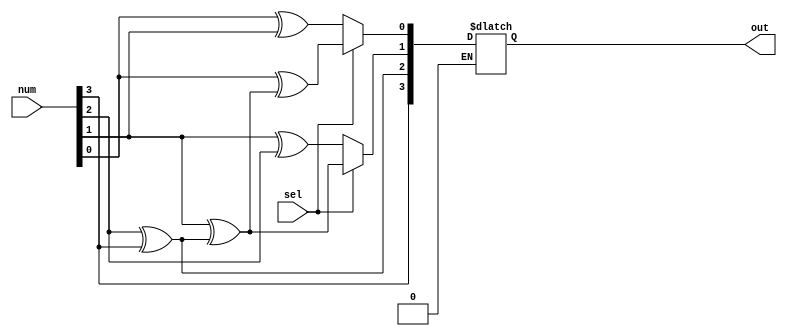
`timescale 1ns / 1ps
//////////////////////////////////////////////////////////////////////////////////
// Company: 
// 
// Design Name: 
// Module Name: Binary_Gray
// Project Name: 
// Target Devices: 
// Tool Versions: 
// Description: 
// 
// Dependencies: 
// 
// Revision:
// Revision 0.01 - File Created
// Additional Comments:
// 
//////////////////////////////////////////////////////////////////////////////////


module Binary_Gray(
    input [3:0] num,
    input sel,
    output reg [3:0] out
    );
    
    always @(*) begin
        // num is binary, convert it to gray.
        if(sel == 0) begin
            out[3] = num[3];
            out[2] = num[2] ^ num[3];
            out[1] = num[1] ^ num[2];
            out[0] = num[0] ^ num[1];
        end
        // num is gray, convert to binary.
        else if(sel == 1) begin
            out[3] = num[3];
            out[2] = num[2] ^ out[3];
            out[1] = num[1] ^ out[2];
            out[0] = num[0] ^ out[1];
        end
    end
endmodule